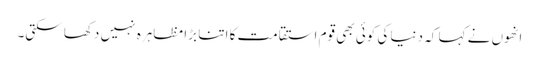
انھوں نے کہا کہ دنیا کی کوئی بھی قوم استقامت کا اتنا بڑا مظاہرہ نہیں دکھا سکتی۔